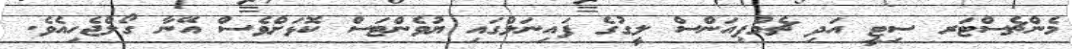
މެންޗެސްޓަރ ސިޓީ އަދި ޗެމްޕިއަންސް ލީގުގެ ފައިނަލްގައި ޔުވެންޓަސް ކޮޅަށްވެސް އޭނާ ގޯލްޖެހިއެވެ.